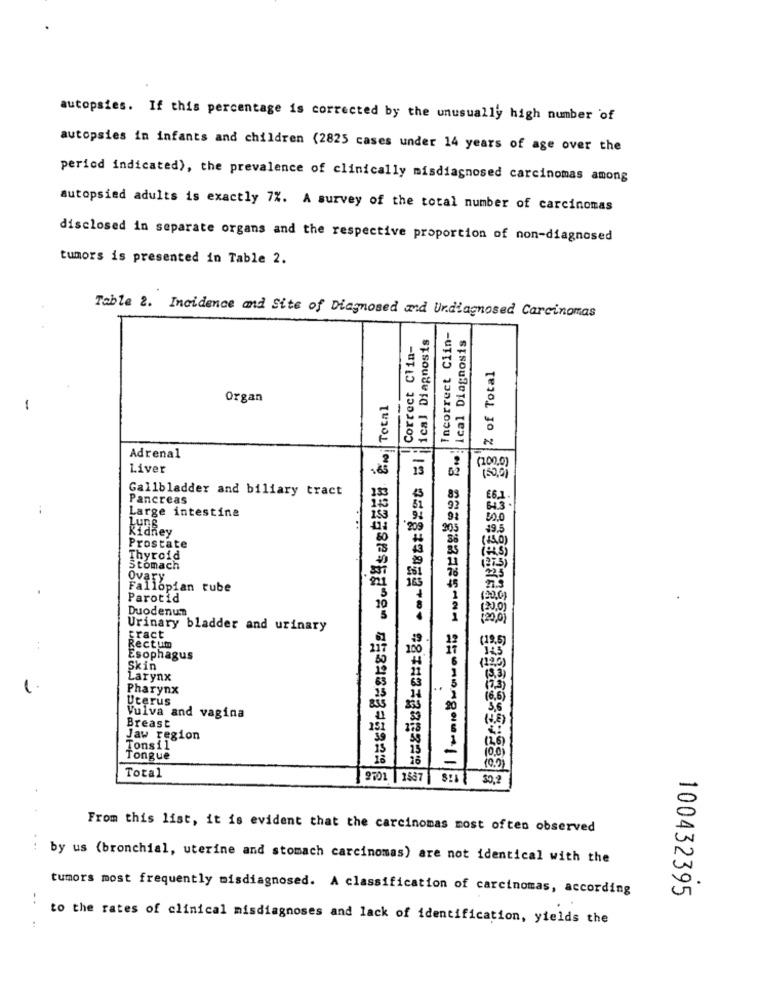
autopsies. If this percentage is corrected by the unusually high number of
autopsies in infants and children (2825 cases under 14 years of age over the
period indicated), the prevalence of clinically misdiagnosed carcinomas among
autopsied adults is exactly 7%. A survey of the total number of carcinomas
disclosed in separate organs and the respective proportion of non-diagnosed
tumors is presented in Table 2.
Table 2. Incidence and Site of Diagnosed and Urdiagnosed Carcinomas
ical Diagnosis
Incorrect Clin-
Correct Clin-
Ical Diagnosis
% of Total
-
---
Organ
quackedcorsia .S.Elsascha Co Total
Adrenal
(200.0)
Liver
.65
Gallbladder and biliary tract
Pancreas
E6.1.
Large intestine
64.3 .
30,0
Kidney
"20
20
19.5
(15,0)
Prostate
Thyroid
Stomach
Ovary_
Fallopian tube
Parotid
100,03
Duodenum
(20.0)
(20,0)
Urinary bladder and urinary
Rectum
(19.5)
Esophagus
Skin
Larynx
Pharynx
(7,3)
Uterus
16.5)
3.6
Vulva and vagina
Breast
Jaw region
126
Tonsil
Tongue
Total
10.21
9701 |1887 |8:1 1 30.2
From this list, it is evident that the carcinomas most often observed
by us (bronchial, uterine and stomach carcinomas) are not identical with the
tumors most frequently misdiagnosed. A classification of carcinomas, according
100432395
to the rates of clinical misdiagnoses and lack of identification, yields the